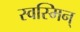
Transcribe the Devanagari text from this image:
स्वस्मिन्